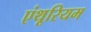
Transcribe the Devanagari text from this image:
एंथूरियम